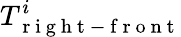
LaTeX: T_{\mathrm{~r~i~g~h~t~-~f~r~o~n~t~}}^{i}